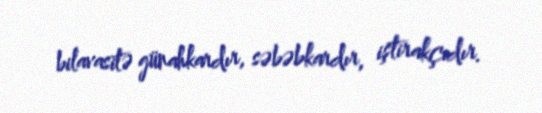
bilavasitə günahkardır, səbəbkardır, iştirakçıdır.